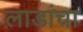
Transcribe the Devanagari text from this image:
लाडांचा